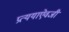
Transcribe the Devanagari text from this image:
प्रत्ययाऐवजी